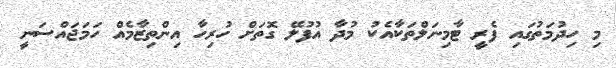
މި ހިދުމަތުގައި ފެރީ ޓާމިނަލްތަކާއެކު މުދާ އުފުލޭ ގޮތަށް ހުރިހާ އިންތިޒާމެއް ހަމަޖައްސަނީ